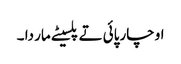
او چارپائی تے پلسیٹے مار دا ۔